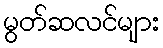
မွတ်ဆလင်များ